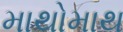
માથોમાથ